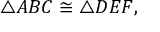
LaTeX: \triangle A B C \cong \triangle D E F ,